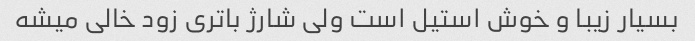
بسیار زیبا و خوش استیل است ولی شارژ باتری زود خالی میشه